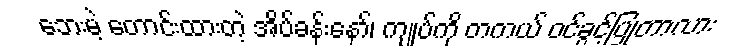
ဘေးမဲ့ တောင်းထားတဲ့ အိပ်ခန်းနော်၊ ကျုပ်ကို တကယ် ဝင်ခွင့်ပြုတာလား